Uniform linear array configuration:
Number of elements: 4
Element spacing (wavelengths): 0.25
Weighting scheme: hamming
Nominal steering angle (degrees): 0
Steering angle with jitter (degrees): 0.07415
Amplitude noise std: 0.05
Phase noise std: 0.05

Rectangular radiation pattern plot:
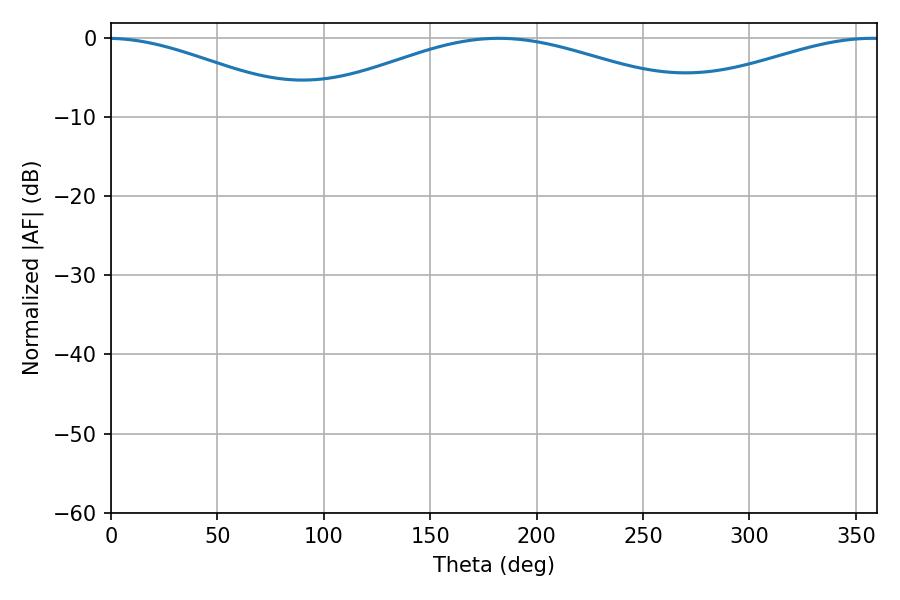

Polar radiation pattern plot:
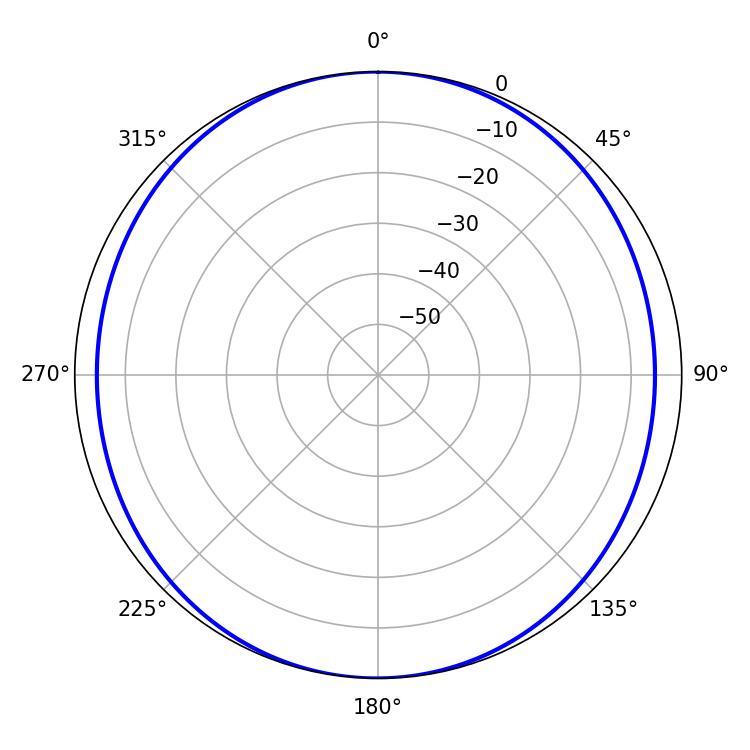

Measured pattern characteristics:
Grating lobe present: FALSE
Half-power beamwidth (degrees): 105.66
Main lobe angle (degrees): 182.16